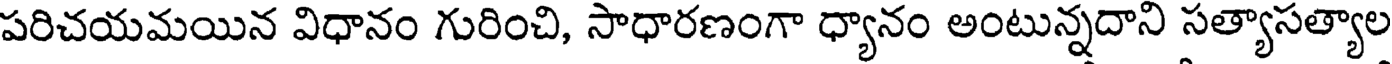
పరిచయమయిన విధానం గురించి, సాధారణంగా ధ్యానం అంటున్నదాని సత్యాసత్యాల